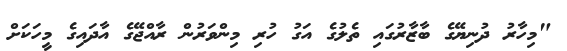
"މިހާރު ދުނިޔޭގެ ބާޒާރުގައި ތެލުގެ އަގު ހުރި މިންވަރުން ރާއްޖޭގެ އާދައިގެ މީހަކަށް